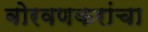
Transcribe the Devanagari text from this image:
बोरवणकरांचा